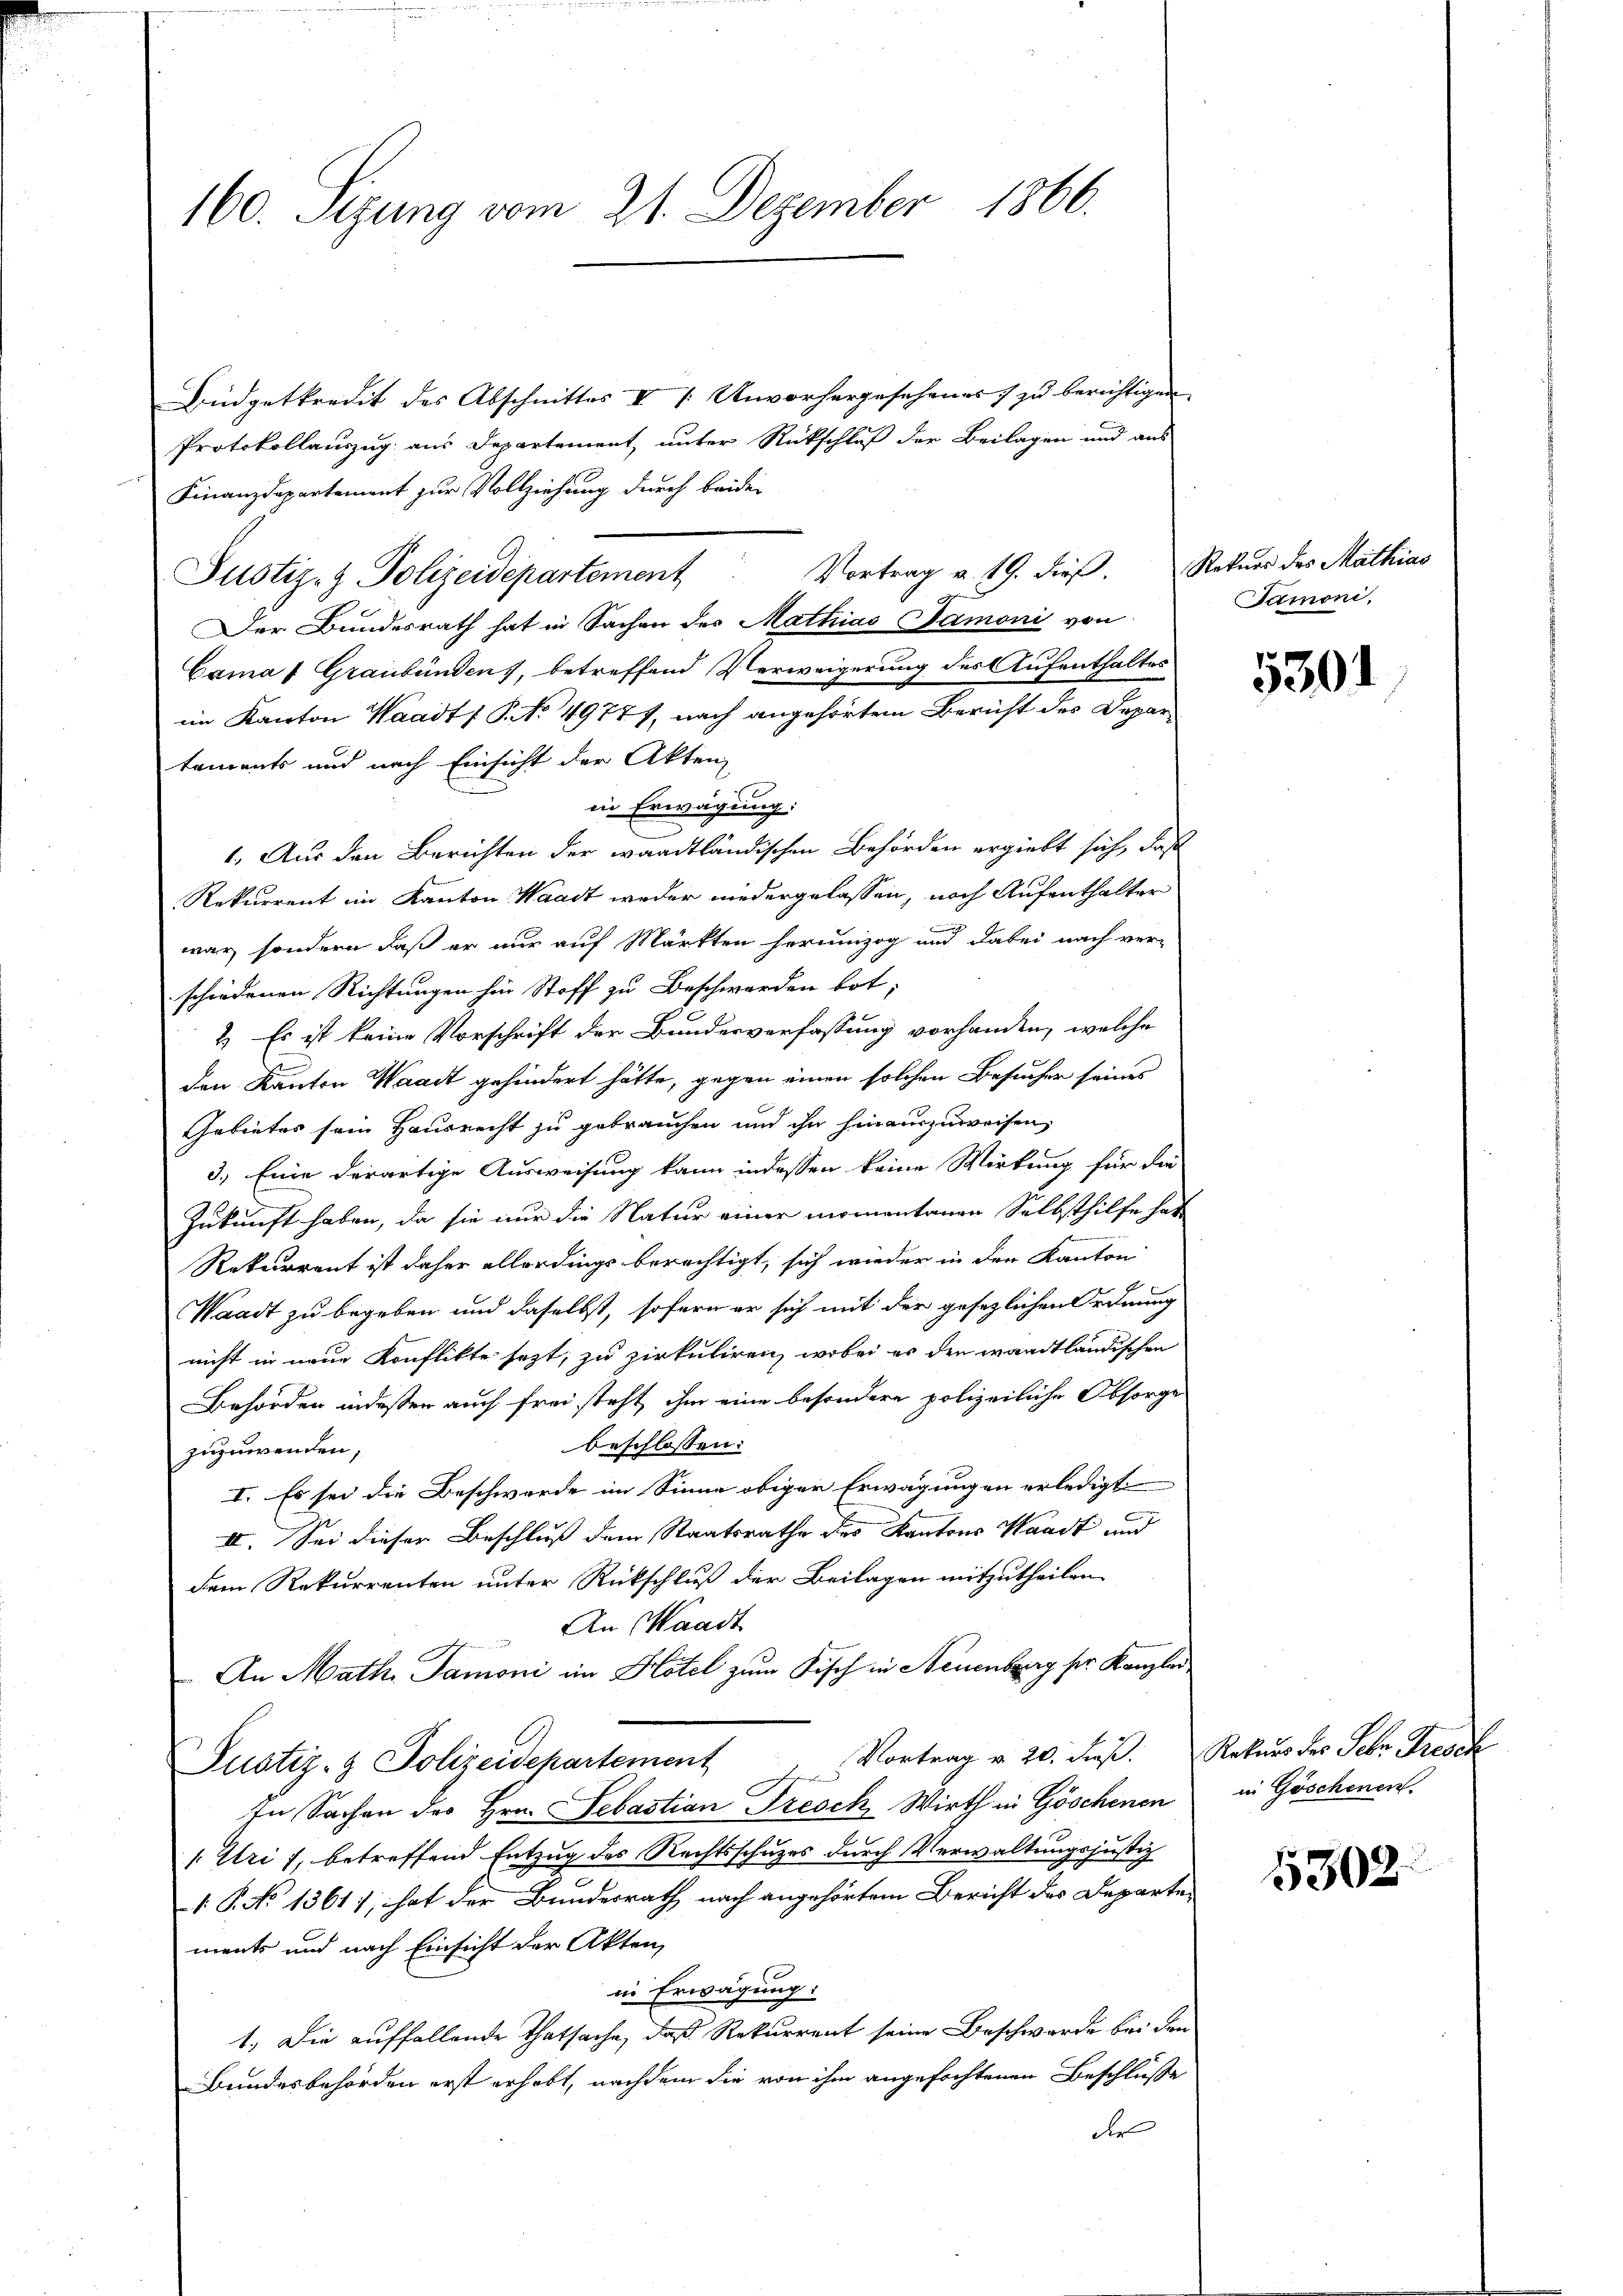
160. Sizung vom 21. Dezember 1866.

Büdgetkredit des Abschnittes I 1: Unvorhergesehenes zu berichtigen.
Protokollauszug aus Departement, unter Rückschluß der Beilagen und aus
Finanzdepartement zur Vollziehung durch beiden
Vortrag v. 19. dieß. Rekurs des Mathias
Justiz- & Polizeidepartement
Der Bundesrath hat in Sachen des Mathias Samoni von
Cama 1 Graubünden, betreffend Verweigerung des Aufenthaltes
eim Kanton Waadt (P. No 49771, nach angehörtem Bericht des Depar
taments und nach Einsicht der Akten,
in Erwägung:
1. Aus den Berichten der waadtländischen Behörden ergiebt sich, daß
Rekurrent in Kanton Waadt weder niedergelassen, nach Aufenthalter
.
war, sondern daß er nur auf Märkten herumzog und dabei nach ver-
schiedenen Richtungen hin Stoff zu Beschwerden bot;
2.) Es ist keine Vorschrift der Bundesverfassung vorhanden, welche
den Kanton Waadt gehindert hätte, gegen einen solchen Besucher seines
Gebietes sein Hausrecht zu gebrauchen und ihn hinauszuweisen,
3.) Eine derartige Ausweisung kann indessen keine Wirkung für die
Zukunft haben, da sie nur die Natur einer momentanen Selbsthilfe hat
Rekurrent ist daher allerdings berechtigt, sich wieder in der Kanton
E
Waadt zu begeben und daselbst, sofern er sich mit der gesezlichen Ordnung
nicht in neue Konflikte sezt, zu zirkuliren, wobei es den waadtländischen
Behörden indessen auch frei steht, ihm eine besondere polizeiliche Obsorge
beschlossen:
zuzuwenden
I. Es sei die Beschwerde im Sinne obiger Erwägungen erledigt
II. Sei dieser Beschluß dem Staatsrathe des Kantons Standt und
dem Rekurrenten unter Rückschluß der Beilagen mitzutheilen
An Waadt
An Math. Tamoni im Hotel zum Fisch in Neuenburg ser Kanzler
Vortrag v. 20. dieß. Rekurs des Sehr Fresch
Justiz- & Polizeidepartement
hthin g
In Sachen des Hrn. Sebastian Presch, Wirth in Göschenen
(Uri), betreffend Entzug des Rechtsschuzes durch Verwaltungsjustiz
1. P. No 1361), hat der Bundesrath nach angehörtem Bericht des Departen
ments und nach Einsicht der Akten,
in Erwägung:
1.) Die auffallende Thatsache, daß Rekurrent seine Beschwerde bei den
Bundesbehörden erst erhebt, nachdem die von ihm angefochtenen Beschluße
der

Samoni,

5301

in Göschenen.

5302